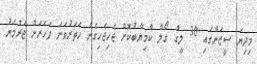
މިދިޔަ ސީޒަންގައި 30 ލީގް ގޯލް ކާމިޔާބުކޮށް ޖެހިޖެހިގެން ހަތަރުވަނަ ފަހަރަށް ޖަރުމަނު